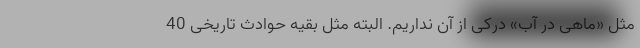
مثل «ماهی در آب» درکی از آن نداریم. البته مثل بقیه حوادث تاریخی 40